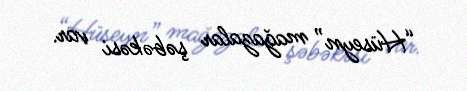
“Hüseyn” mağazalar şəbəkəsi var.